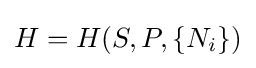
H=H(S,P,\{N_{i}\})